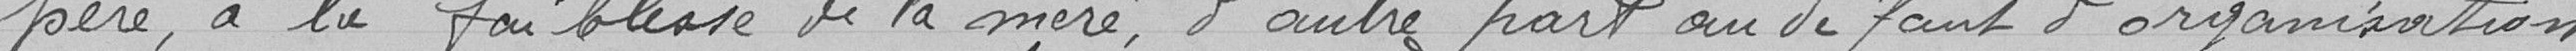
père, à la faiblesse de la mère, d'autre part ou défaut d'organisation